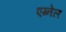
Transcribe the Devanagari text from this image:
एग्नेल